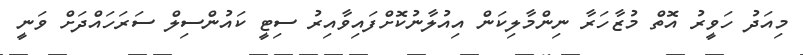
މިއަދު ހަވީރު އޮތް މުޒާހަރާ ނިންމާލިކަން އިއުލާނުކޮށްފައިވާއިރު ސިޓީ ކައުންސިލް ސަރަހައްދަށް ވަނީ